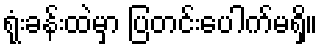
ရုံးခန်းထဲမှာ ပြတင်းပေါက်မရှိ။